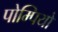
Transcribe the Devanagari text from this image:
पोम्पियो